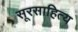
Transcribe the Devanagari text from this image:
सूरसाहित्य